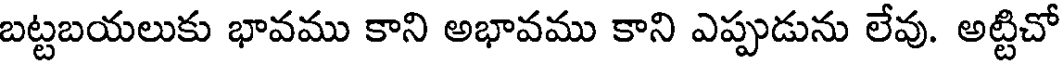
బట్టబయలుకు భావము కాని అభావము కాని ఎప్పుడును లేవు. అట్టిచో